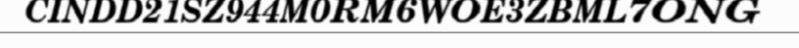
CINDD21SZ944M0RM6WOE3ZBML7ONG